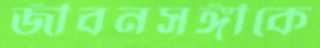
জীবনসঙ্গীকে